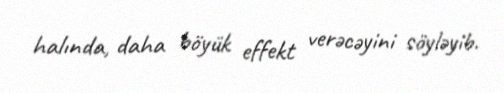
halında, daha böyük effekt verəcəyini söyləyib.